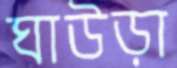
ঘাউড়া